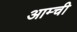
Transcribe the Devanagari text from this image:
आम्ची